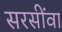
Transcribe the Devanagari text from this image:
सरसींवा